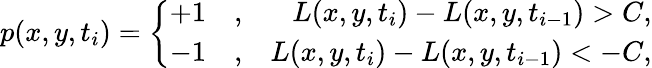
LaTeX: p{(x,y,t_{i})}=\left\{ \begin{array}{rlr}{+1}&{{},}&{L(x,y,t_{i})-L(x,y,t_{i-1})>C,}\\ {-1}&{{},}&{L(x,y,t_{i})-L(x,y,t_{i-1})<-C,}\end{array}\right.